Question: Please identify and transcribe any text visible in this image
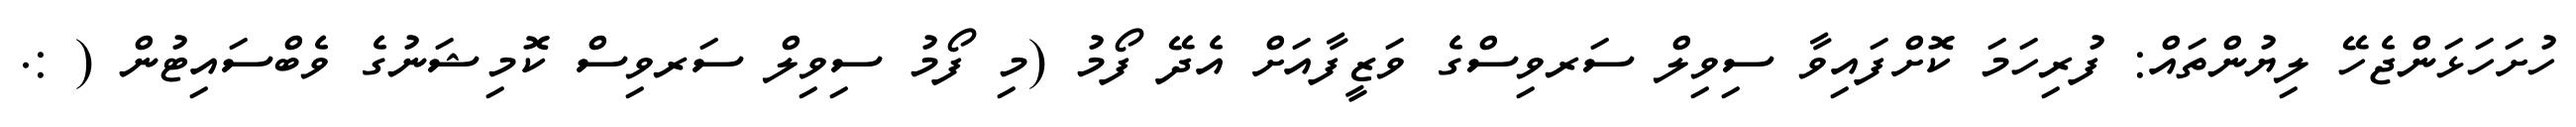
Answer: ހުށަހަޅަންޖެހޭ ލިޔުންތައް: ފުރިހަމަ ކޮށްފައިވާ ސިވިލް ސަރވިސްގެ ވަޒީފާއަށް އެދޭ ފޯމު (މި ފޯމު ސިވިލް ސަރވިސް ކޮމިޝަނުގެ ވެބްސައިޓުން ( :.